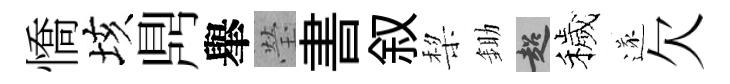
憍垓𪔂𦦙瑩書叙棃鋤超穢遂欠